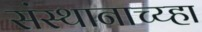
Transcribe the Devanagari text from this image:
संस्थानाच्य्हा